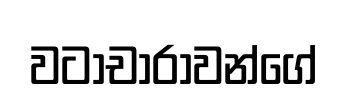
වටාචාරාවන්ගේ